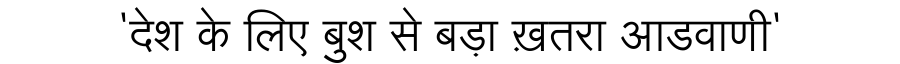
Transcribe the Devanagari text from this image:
'देश के लिए बुश से बड़ा ख़तरा आडवाणी'